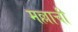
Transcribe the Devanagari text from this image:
मल्लाची